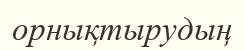
орнықтырудың